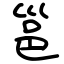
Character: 邕